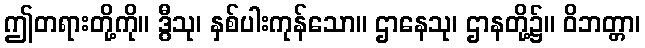
ဤတရားတို့ကို။ ဒွီသု၊ နှစ်ပါးကုန်သော။ ဌာနေသု၊ ဌာနတို့၌။ ဝိဘတ္တာ၊